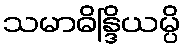
သမာဓိန္ဒြိယမ္ပိ